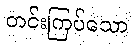
တင်းကြပ်သော